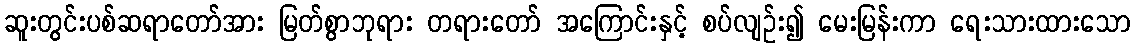
ဆူးတွင်းပစ်ဆရာတော်အား မြတ်စွာဘုရား တရားတော် အကြောင်းနှင့် စပ်လျဉ်း၍ မေးမြန်းကာ ရေးသားထားသော